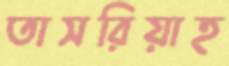
তাসরিয়াহ